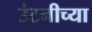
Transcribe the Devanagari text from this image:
उंटनीच्या